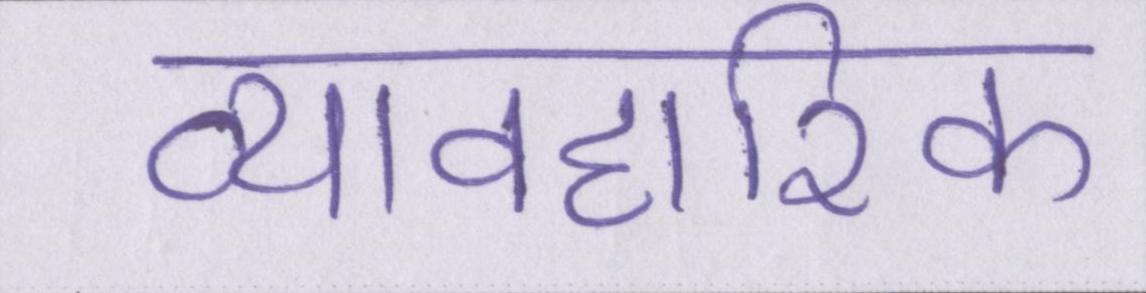
व्यावहारिक